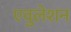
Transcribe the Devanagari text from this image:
एवुलेशन